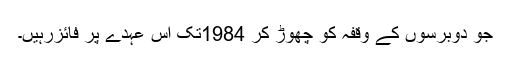
جو دوبرسوں کے وقفہ کو چھوڑ کر 1984تک اس عہدے پر فائزرہیں۔